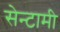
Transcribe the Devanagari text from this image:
सेन्टामी